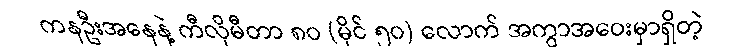
ကနဦးအနေနဲ့ ကီလိုမီတာ ၈၀ (မိုင် ၅၀) လောက် အကွာအဝေးမှာရှိတဲ့